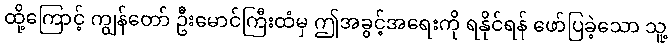
ထို့ကြောင့် ကျွန်တော် ဦးမောင်ကြီးထံမှ ဤအခွင့်အရေးကို ရနိုင်ရန် ဖော်ပြခဲ့သော သူ့